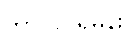
ဘာလုပ်ရမှန်း